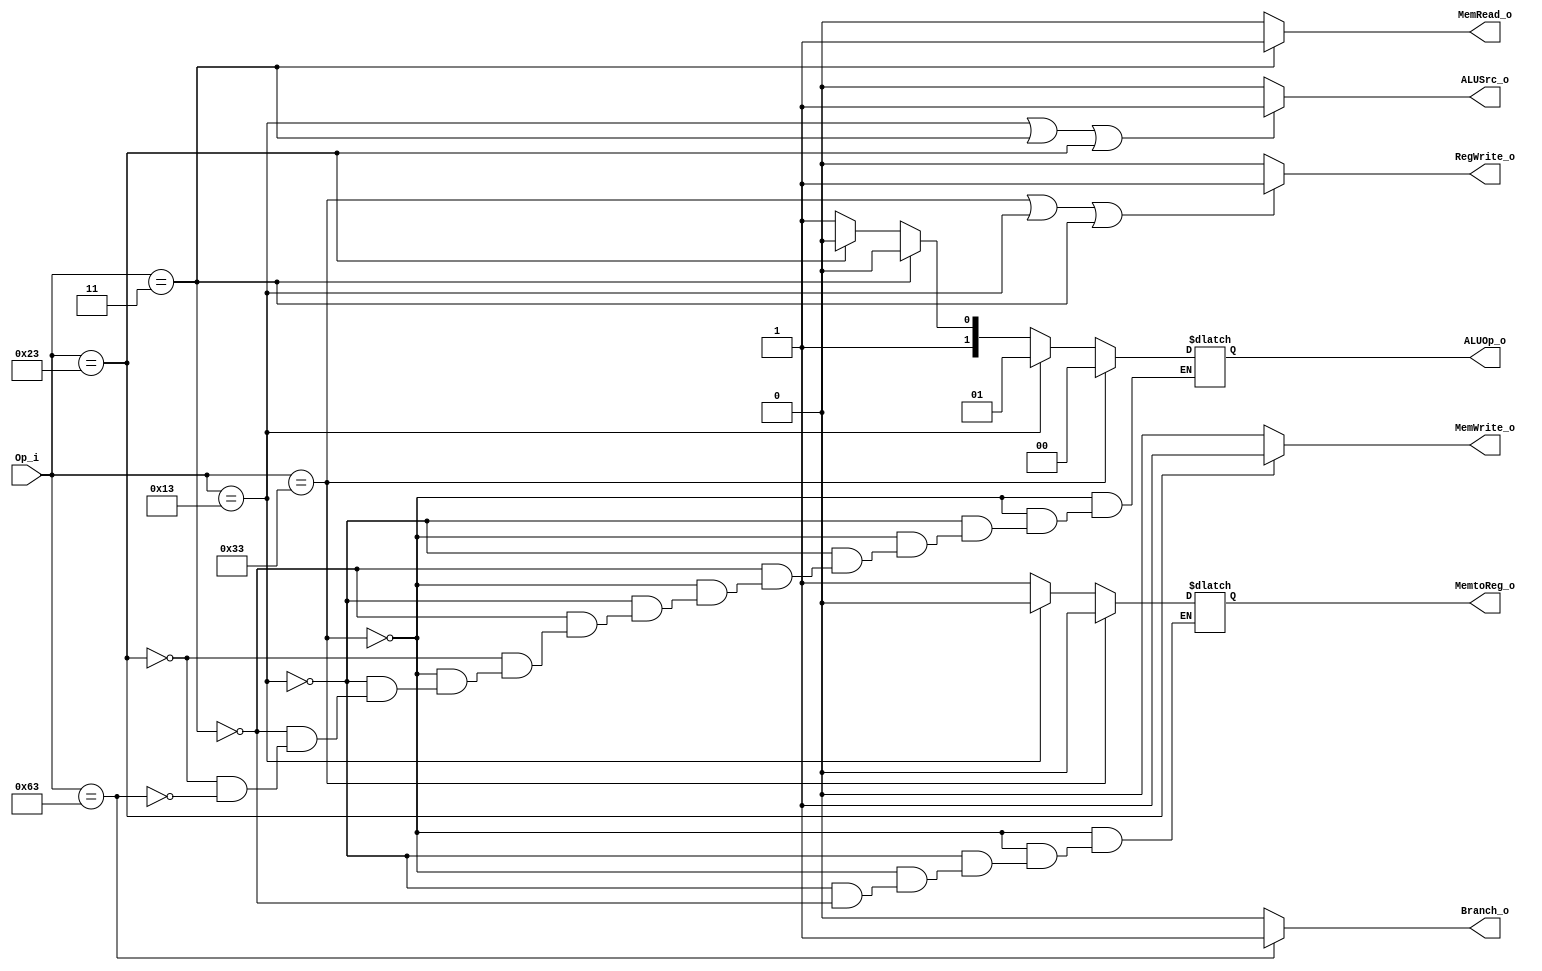
module Control
(
	Op_i, // opcode
	ALUOp_o,
	ALUSrc_o,
	Branch_o,
	MemRead_o,
	MemWrite_o,
	RegWrite_o,
	MemtoReg_o
);

input [6:0] Op_i;
output [1:0] ALUOp_o;
output ALUSrc_o;
output MemRead_o;
output MemWrite_o;
output RegWrite_o;
output MemtoReg_o;
output Branch_o;

reg [1:0] ALUOp_reg;
reg MemtoReg_reg;

assign ALUOp_o = ALUOp_reg;
assign ALUSrc_o = (Op_i==7'b0010011 || Op_i==7'b0000011 || Op_i==7'b0100011)? 1'b1 : 1'b0; //addi, srai, branch => 0
assign Branch_o = (Op_i==7'b1100011)? 1'b1 : 1'b0;
assign MemRead_o = (Op_i==7'b0000011)? 1'b1 : 1'b0;
assign MemWrite_o = (Op_i==7'b0100011)? 1'b1 : 1'b0;
assign RegWrite_o = (Op_i==7'b0110011 || Op_i==7'b0010011 || Op_i==7'b0000011)? 1'b1 : 1'b0;
assign MemtoReg_o = MemtoReg_reg;

always @(Op_i)
begin
	if(Op_i == 7'b0110011) // R-format
	begin
		ALUOp_reg = 2'b00; 
		MemtoReg_reg = 1'b0;
	end
	else if(Op_i == 7'b0010011) // addi, srai
	begin
		ALUOp_reg = 2'b01; 
		MemtoReg_reg = 1'b0;
	end
	else if(Op_i == 7'b0000011) // lw 
	begin
		ALUOp_reg = 2'b10; 
		MemtoReg_reg = 1'b1;
	end
	else if(Op_i == 7'b0100011) // sw (mem don't care)
	begin
		ALUOp_reg = 2'b10;
	end
	else if(Op_i == 7'b1100011) // beq (mem don't care)
	begin
		ALUOp_reg = 2'b11;
	end
end

endmodule